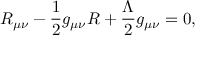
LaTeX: R _ { \mu \nu } - \frac { 1 } { 2 } g _ { \mu \nu } R + \frac { \Lambda } { 2 } g _ { \mu \nu } = 0 ,